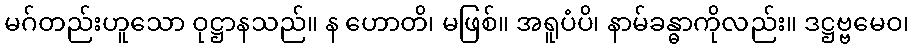
မဂ်တည်းဟူသော ဝုဋ္ဌာနသည်။ န ဟောတိ၊ မဖြစ်။ အရူပံပိ၊ နာမ်ခန္ဓာကိုလည်း။ ဒဋ္ဌဗ္ဗမေဝ၊